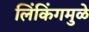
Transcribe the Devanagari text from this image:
लिंकिंगमुळे